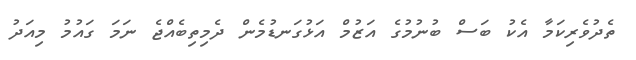
ތެދުވެރިކަމާ އެކު ބަސް ބުނުމުގެ އަޒުމް އަޅުގަނޑުމެން ދެމިތިބެއްޖެ ނަމަ ގައުމު މިއަދު